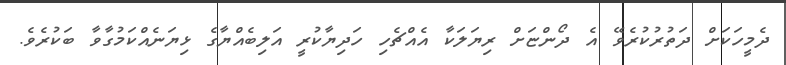
ދެމީހަކަށް ދަތުރުކުރެވޭ އެ ދޯންޏަށް ރިޔަލަކާ އެއްޗެހި ހަދިޔާކުރީ އަލިބެއްޔާގެ ޅިޔަނެއްކަމުގާވާ ބަކުރެވެ.